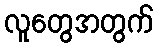
လူတွေအတွက်